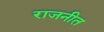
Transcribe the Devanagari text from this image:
राजनीत